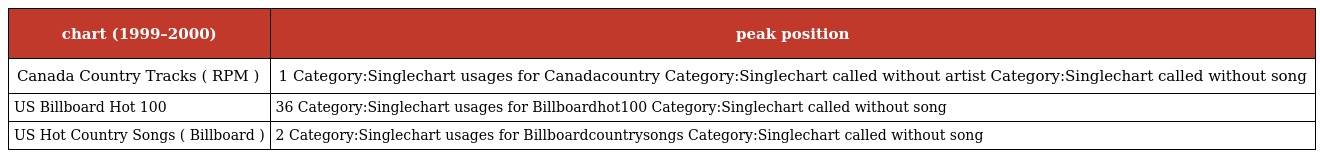
| chart (1999–2000) | peak position |
 | --- | --- |
 | Canada Country Tracks ( RPM ) | 1 Category:Singlechart usages for Canadacountry Category:Singlechart called without artist Category:Singlechart called without song |
 | US Billboard Hot 100 | 36 Category:Singlechart usages for Billboardhot100 Category:Singlechart called without song |
 | US Hot Country Songs ( Billboard ) | 2 Category:Singlechart usages for Billboardcountrysongs Category:Singlechart called without song |